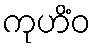
ကုဟိံဝ